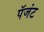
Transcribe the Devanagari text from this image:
पॅजंट